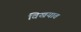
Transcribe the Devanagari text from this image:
विखयात